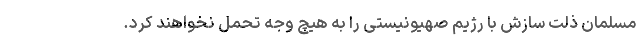
مسلمان ذلت سازش با رژیم صهیونیستی را به هیچ وجه تحمل نخواهند کرد.